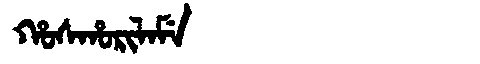
Manchu: ᡥᠣᠰᡥᠣᡵᡳᠯᠠᠮᡝ
Romanization: HOSHORILAME